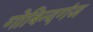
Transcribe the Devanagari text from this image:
गोबिन्दगंज